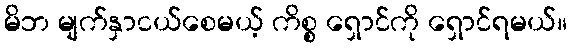
မိဘ မျက်နှာငယ်စေမယ့် ကိစ္စ ရှောင်ကို ရှောင်ရမယ်။